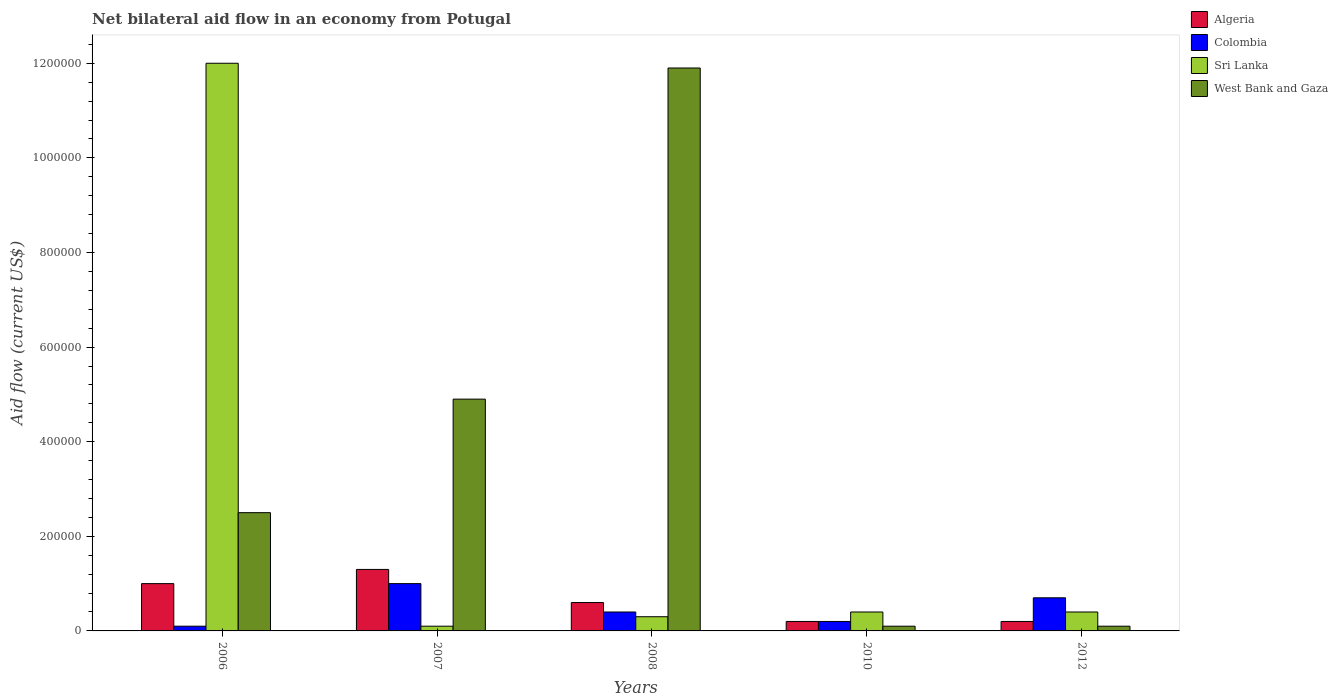
| Years | Algeria | Colombia | Sri Lanka | West Bank and Gaza |
 | --- | --- | --- | --- | --- |
 | 2006 | 1e+05 | 1e+04 | 1.2e+06 | 2.5e+05 |
 | 2007 | 1.3e+05 | 1e+05 | 1e+04 | 4.9e+05 |
 | 2008 | 6e+04 | 4e+04 | 3e+04 | 1.19e+06 |
 | 2010 | 2e+04 | 2e+04 | 4e+04 | 1e+04 |
 | 2012 | 2e+04 | 7e+04 | 4e+04 | 1e+04 |